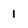
Character: 1